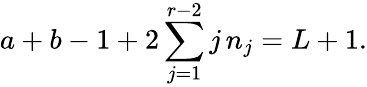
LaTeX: a+b-1+2\sum_{j=1}^{r-2}j\, n_{j}=L+1.